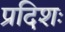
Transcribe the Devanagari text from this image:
प्रदिशः